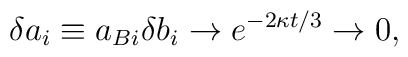
\delta a_i \equiv a_{Bi} \delta b_i \to e^{-2\kappa t/3} \to 0,